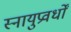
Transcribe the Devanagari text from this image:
स्नायुप्रवर्धों